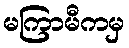
မကြာမီကမှ